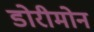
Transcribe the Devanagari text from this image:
डोरीमोन